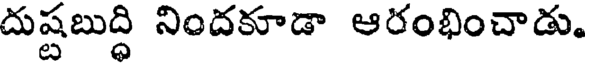
దుష్టబుద్ధి నిందకూడా ఆరంభించాడు.